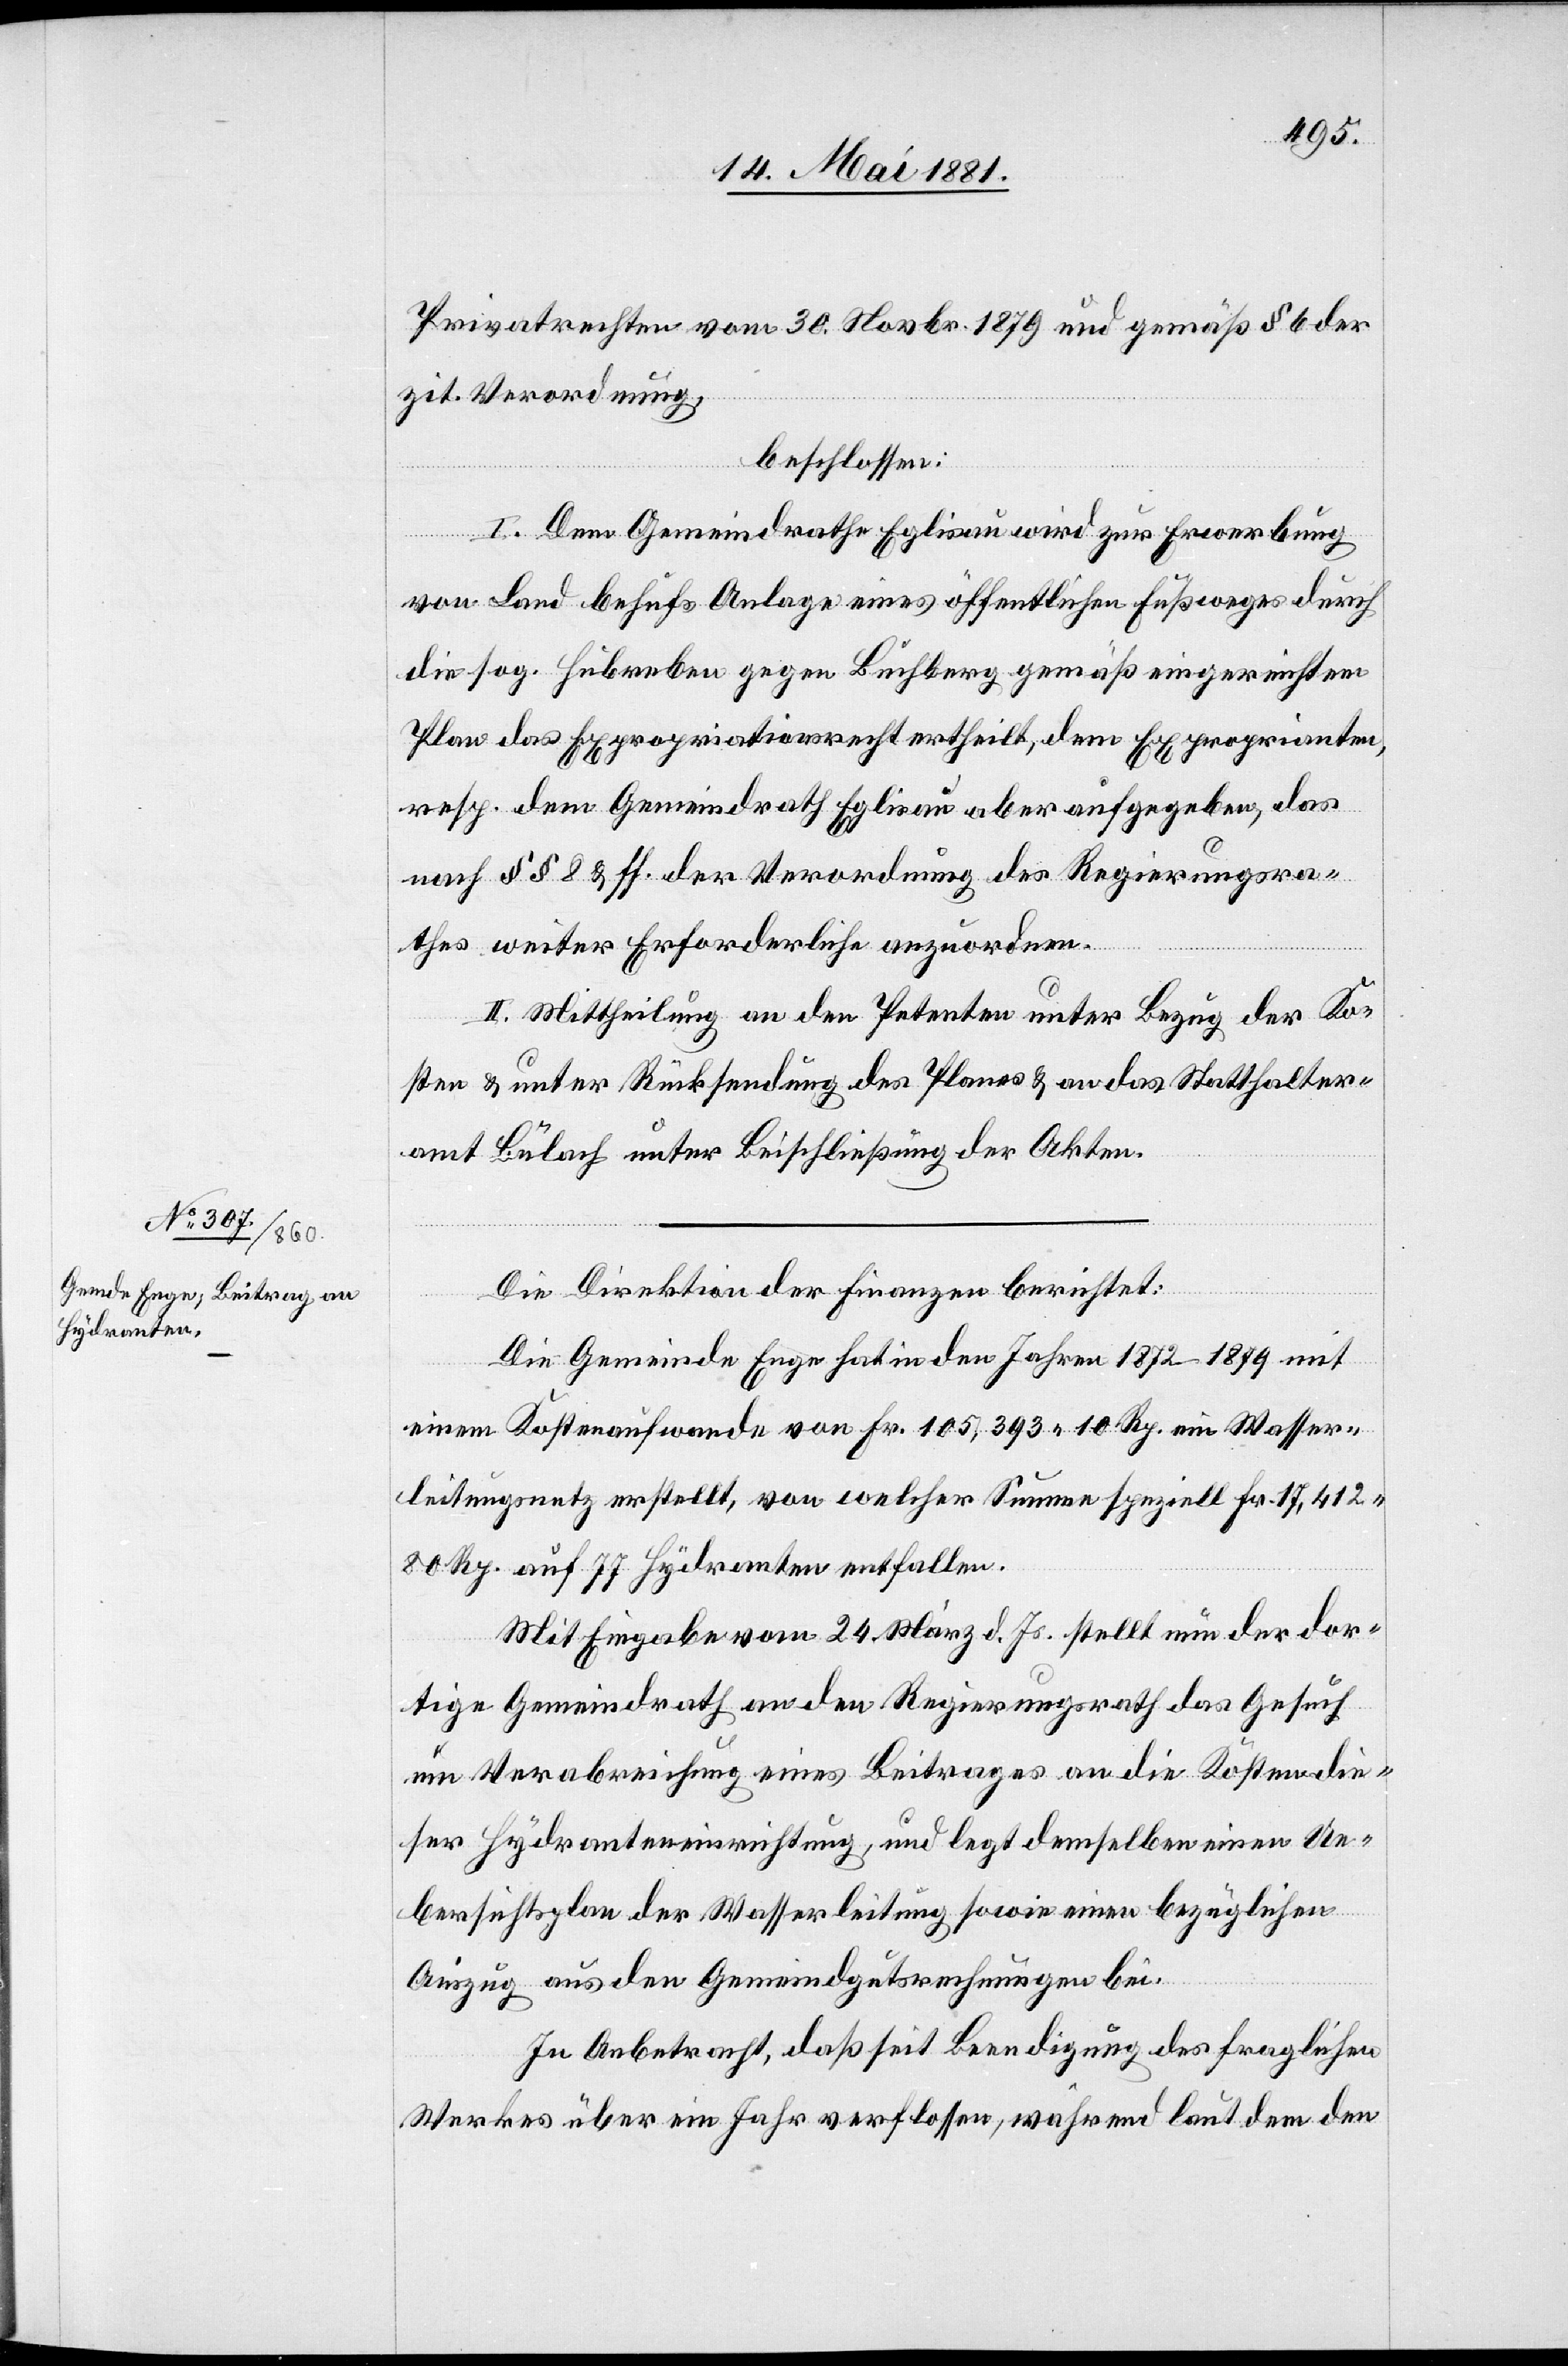
Privatrechten vom 30. Novbr. 1879 und gemäß § 6 der
zit. Verordnung,
beschlossen:
I. Dem Gemeindrathe Eglisau wird zur Erwerbung
von Land behufs Anlage eines öffentlichen Fußweges durch
die sog. Hubreben gegen Buchberg gemäß eingereichtem
Plan das Expropriationsrecht ertheilt, dem Exproprianten,
resp. dem Gemeindrath Eglisau aber aufgegeben, das
nach §§ 8 & ff. der Verordnung des Regierungsra¬
thes weiter Erforderliche anzuordnen.
II. Mittheilung an den Petenten unter Bezug der Ko¬
sten & unter Rücksendung des Planes & an das Statthalter¬
amt Bülach unter Beischließung der Akten.
Die Direktion der Finanzen berichtet:
Die Gemeinde Enge hat in den Jahren 1872–1879 mit
einem Kostenaufwande von Fr. 105,393 10 Rp. ein Wasser¬
leitungsnetz erstellt, von welcher Summe speziell Fr. 17,412
80 Rp. auf 77 Hydranten entfallen.
Mit Eingabe vom 24. März d. Js. stellt nun der dor¬
tige Gemeindrath an den Regierungsrath das Gesuch
um Verabreichung eines Beitrages an die Kosten die¬
ser Hydranteneinrichtung, und legt demselben einen Ue¬
bersichtsplan der Wasserleitungen sowie einen bezüglichen
Auszug aus den Gemeindgutsrechnungen bei.
In Anbetracht, daß seit Beendigung des fraglichen
Werkes über ein Jahr verflossen, während laut dem den